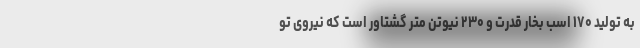
به تولید ۱۷۰ اسب بخار قدرت و ۲۳۰ نیوتن متر گشتاور است که نیروی تو